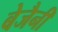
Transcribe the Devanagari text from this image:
बेजैनी